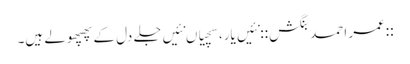
::عمر احمد بنگش:: نئیں یار، سچیاں نئیں‌جلے دل کے پھپھولے ہیں۔